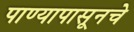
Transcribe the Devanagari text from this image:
पाण्यापासूनचे